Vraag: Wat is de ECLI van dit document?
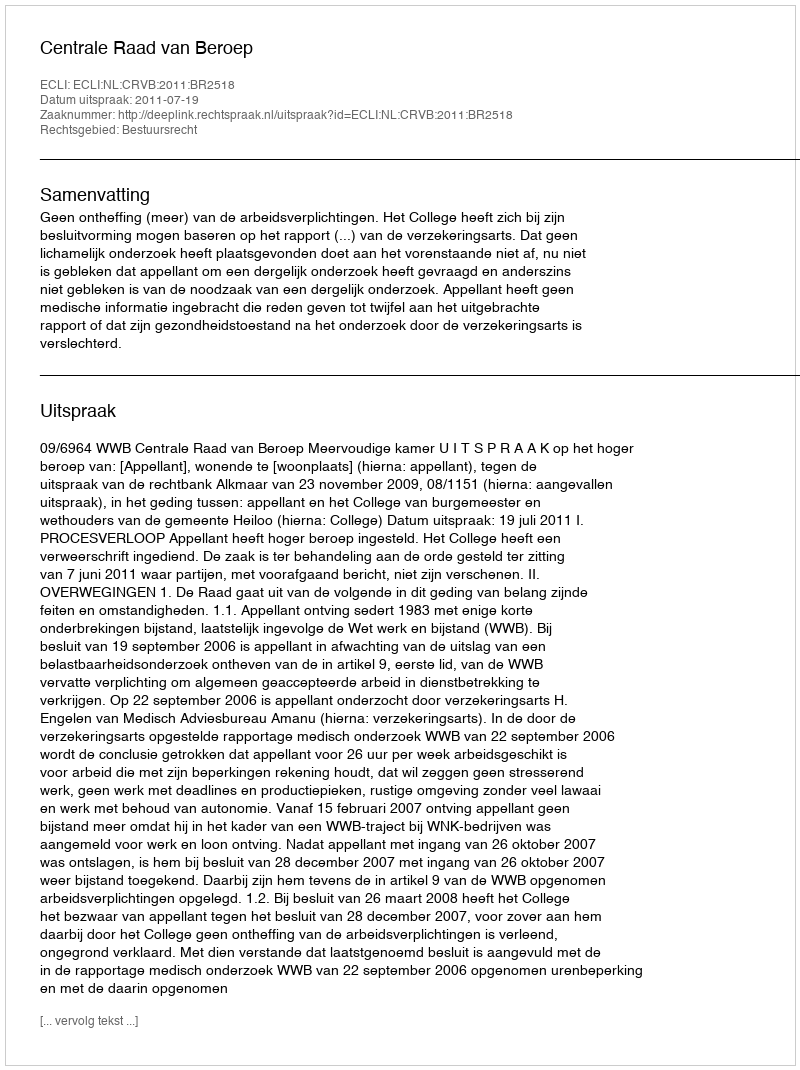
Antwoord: ECLI:NL:CRVB:2011:BR2518